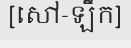
[សៅ-ឡឹក]